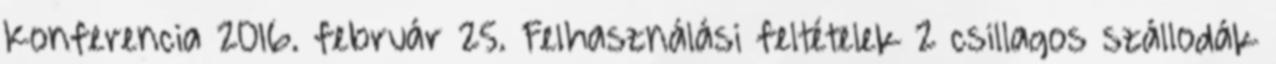
Konferencia 2016. február 25. Felhasználási feltételek 2 csillagos szállodák